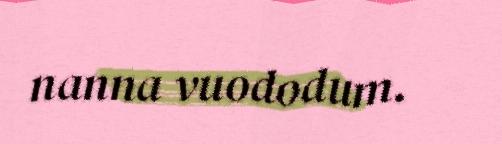
nanna vuododum.